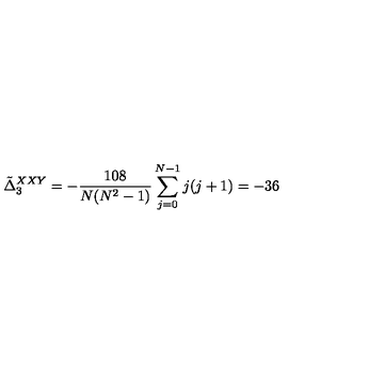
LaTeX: \tilde { \Delta } _ { 3 } ^ { X X Y } = - { \frac { 1 0 8 } { N ( N ^ { 2 } - 1 ) } } \sum _ { j = 0 } ^ { N - 1 } j ( j + 1 ) = - 3 6